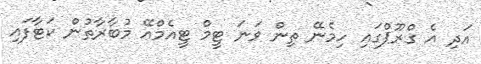
އަދި އެ ގްރޫޕްގައި ހިމެނޭ ތިން ވަނަ ޓީމް ޓީއެމްއޭ މުބާރާތުން ކަޓާފައި